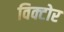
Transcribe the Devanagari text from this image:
विक्टोर